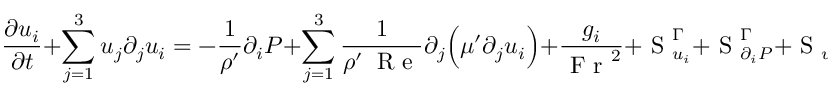
\frac { \partial u _ { i } } { \partial t } + \sum _ { j = 1 } ^ { 3 } u _ { j } \partial _ { j } u _ { i } = - \frac { 1 } { \rho ^ { \prime } } \partial _ { i } P + \sum _ { j = 1 } ^ { 3 } \frac { 1 } { \rho ^ { \prime } \: \mathrm { ~ R ~ e ~ } } \partial _ { j } \Big ( \mu ^ { \prime } \partial _ { j } u _ { i } \Big ) + \frac { g _ { i } } { \mathrm { ~ F ~ r ~ } ^ { 2 } } + \mathrm { ~ S ~ } _ { u _ { i } } ^ { \Gamma } + \mathrm { ~ S ~ } _ { \partial _ { i } P } ^ { \Gamma } + \mathrm { ~ S ~ } _ { u _ { i } } ^ { \mathrm { ~ O ~ } } + \mathrm { ~ S ~ } _ { \partial _ { i } P } ^ { \mathrm { ~ O ~ } }